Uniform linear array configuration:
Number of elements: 16
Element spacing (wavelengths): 0.25
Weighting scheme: hamming
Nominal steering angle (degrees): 30
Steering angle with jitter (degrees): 28.068
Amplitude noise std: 0.05
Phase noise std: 0.05

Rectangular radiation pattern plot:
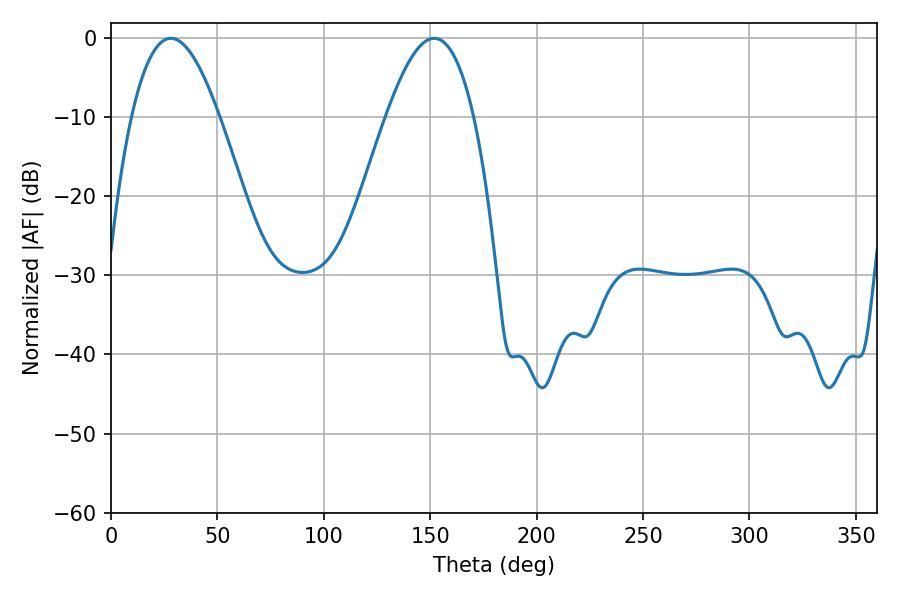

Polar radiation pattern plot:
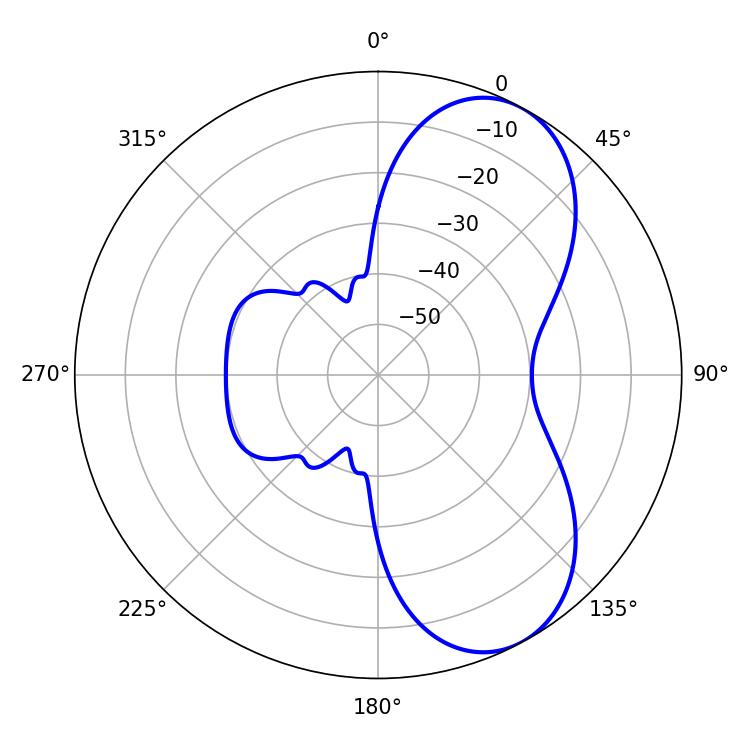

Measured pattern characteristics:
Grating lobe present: FALSE
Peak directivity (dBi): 6.854
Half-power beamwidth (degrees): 22.5
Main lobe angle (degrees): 28.08